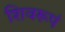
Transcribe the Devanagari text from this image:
शिवरूपं